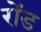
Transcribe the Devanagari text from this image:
रोंड